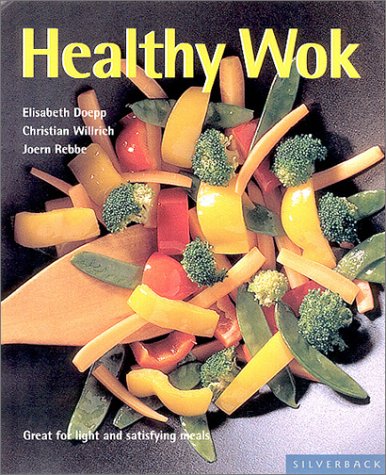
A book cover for Healthy Wok (Quick & Easy); Elisabeth Doepp; Cookbooks, Food & Wine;